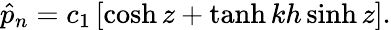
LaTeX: \hat{p}_{n}=c_{1}\left[\cosh{z}+\operatorname{tanh}{kh}\sinh{z}\right].